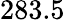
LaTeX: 283.5